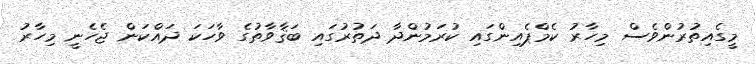
މީގެއިތުރުންވެސް މިހާރު ކެމްޕެއިންގައި ކުރަމުންދާ ދަތުރުގައި ބަޤާވާތުގެ ވާހަކަ ދައްކަން ޖެހެނީ މިހާރު